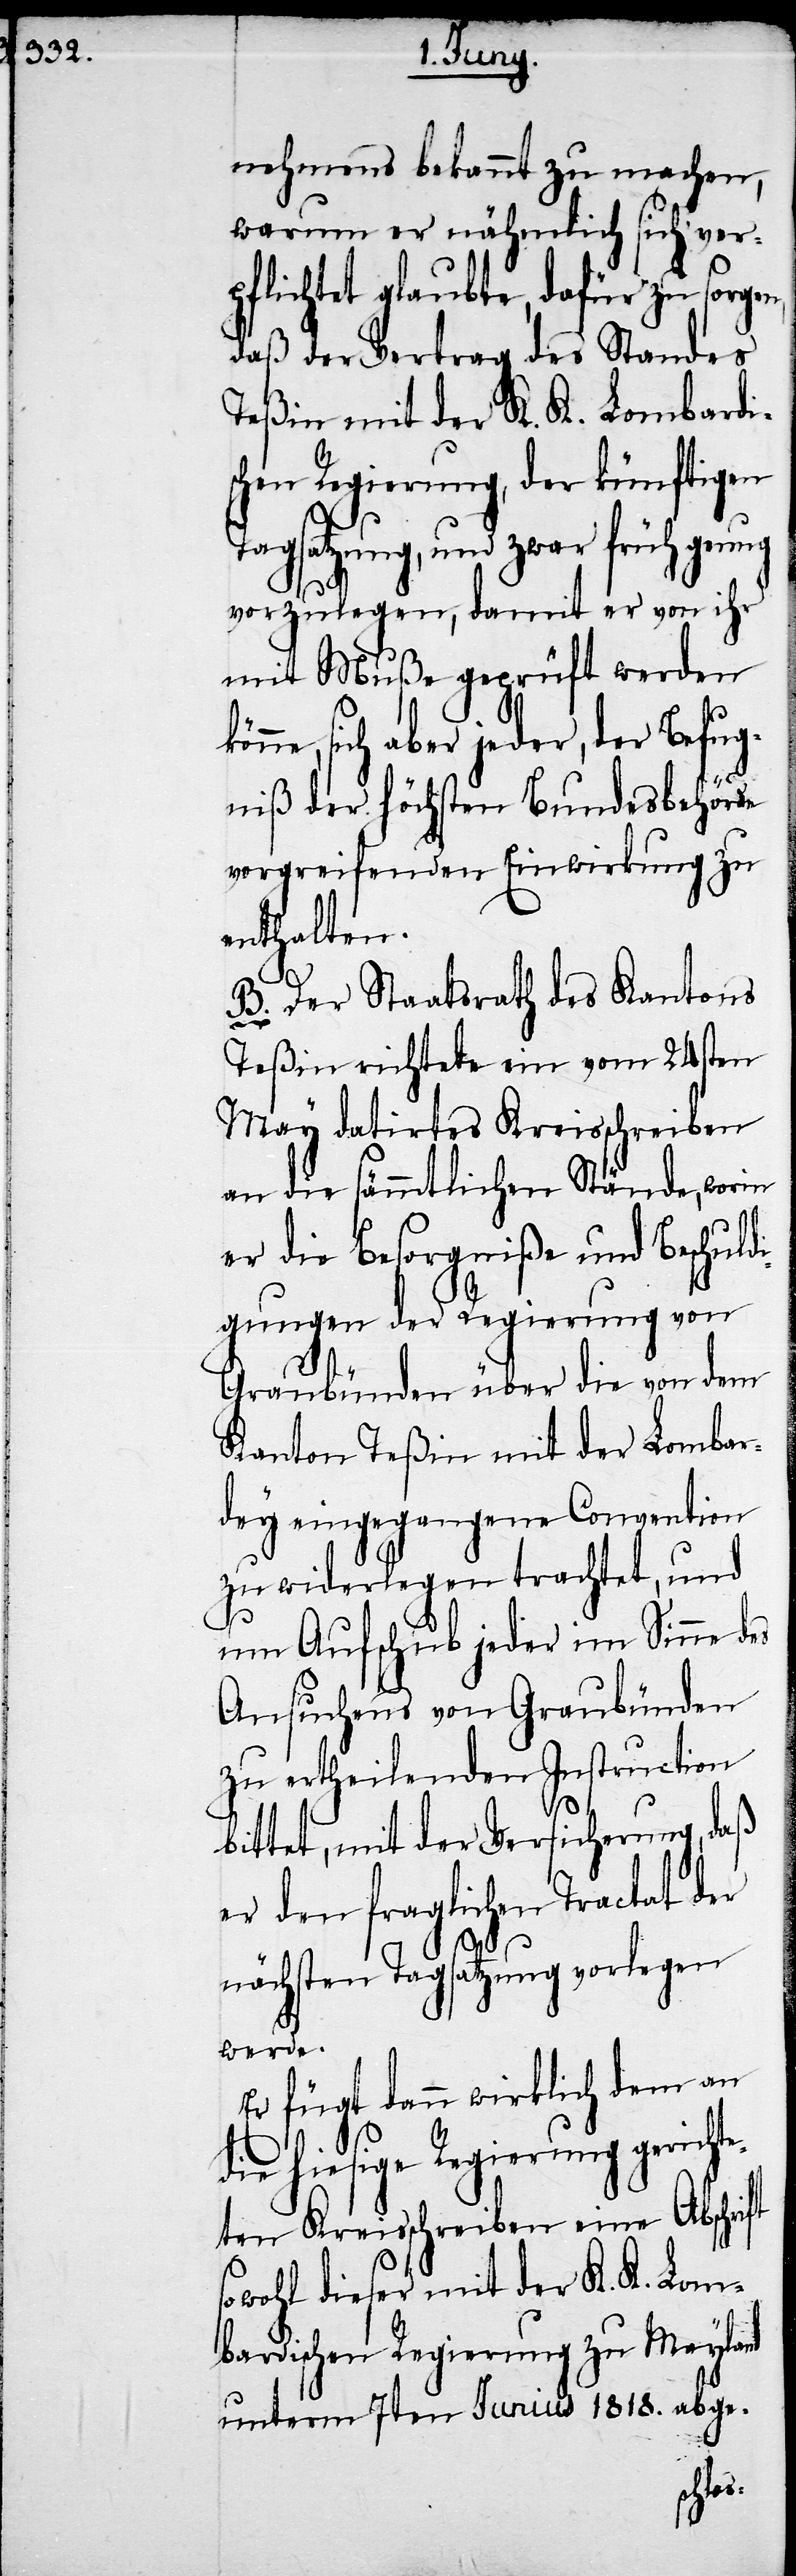
nehmens bekannt zu machen,
warum er nähmlich sich ver¬
pflichtet glaubte, dafür zu sorgen,
daß der Vertrag des Standes
Teßin mit der K. K. Lombardi¬
schen Regierung, der künftigen
könn¬
Tagsatzung, und zwar früh genug
vorzulegen, damit er von ihr
mit Muße geprüft werden
e, sich aber jeder, der Befug¬
niß der höchsten Bundesbehörde
vorgreifenden Einwirkung zu
enthalten.
B. Der Staatsrath des Kantons
Teßin richtete ein vom 24sten
May datirtes Kreisschreiben
an die sämmtlichen Stände, worin
er die Besorgniße und Beschuldi¬
gungen der Regierung von
Graubünden über die von dem
Kanton Teßin mit der Lombar¬
dey eingegangene Convention
zu widerlegen trachtet, und
um Aufschub jeder im Sinne des
Ansuchens von Graubünden
zu ertheilenden Instruction
bittet, mit der Versicherung, daß
er den fraglichen Tractat der
nächsten Tagsatzung vorlegen
werde.
Er fügt dann wirklich dem an
die hiesige Regierung gericht¬
eten Kreisschreiben eine Abschrift
sowohl dieser mit der K. K. Lom¬
bardischen Regierung zu Mayland
unterm 7ten Junius 1818. abge-